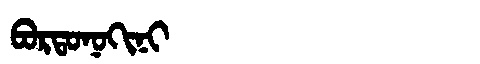
Manchu: ᠪᠣᡵᡨᠣᠨᠣᡴᡳᠨᡳ
Romanization: BORTONOKINI